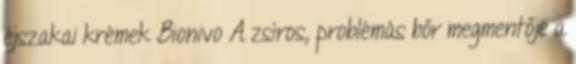
éjszakai krémek Bionivo A zsíros, problémás bőr megmentője a